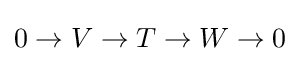
0\to V\to T\to W\to 0